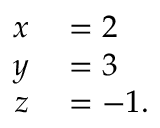
\begin{array} { r l } { x } & { { } = 2 } \\ { y } & { { } = 3 } \\ { z } & { { } = - 1 . } \end{array}